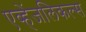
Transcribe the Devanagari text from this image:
एव्हेंजलिकल्स